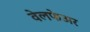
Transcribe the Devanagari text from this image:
वेलफेअर